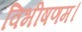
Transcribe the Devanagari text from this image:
विभीषणम।